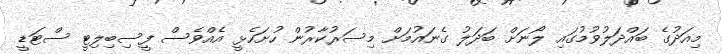
މިއަދުގެ ބައްދަލުވުމުގައި ލޯނަށް ބަދަލު ގެނައުމަށް މިސަރުކާރުން ހުށަހެޅީ އެއްވެސް ފީސިބިލިޓީ ސްޓަޑީ